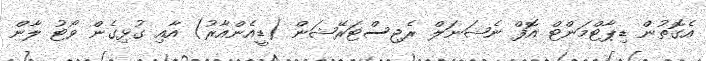
އެގޮތުން ޑިޕާޓްމަންޓް އޮފް ނެޝަނަލް ރެޖިސްޓަރޭޝަން (ޑީއެންއާރު) އާއި ގުޅިގެން ވޯޓު ލާން